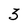
Character: 3